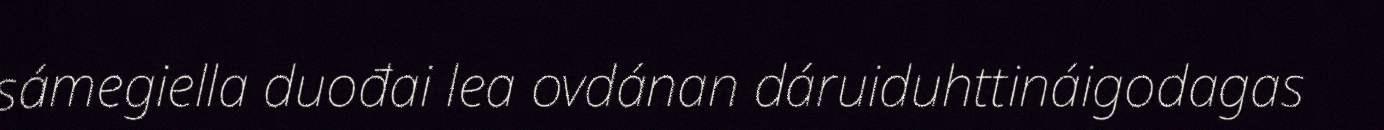
sámegiella duođai lea ovdánan dáruiduhttináigodagas